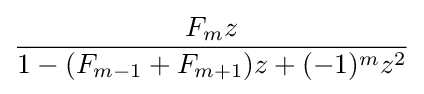
{\frac {F_{m}z}{1-(F_{m-1}+F_{m+1})z+(-1)^{m}z^{2}}}